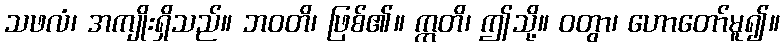
သဖလံ၊ အကျိုးရှိသည်။ ဘဝတိ၊ ဖြစ်၏။ ဣတိ၊ ဤသို့။ ဝတွာ၊ ဟောတော်မူ၍။